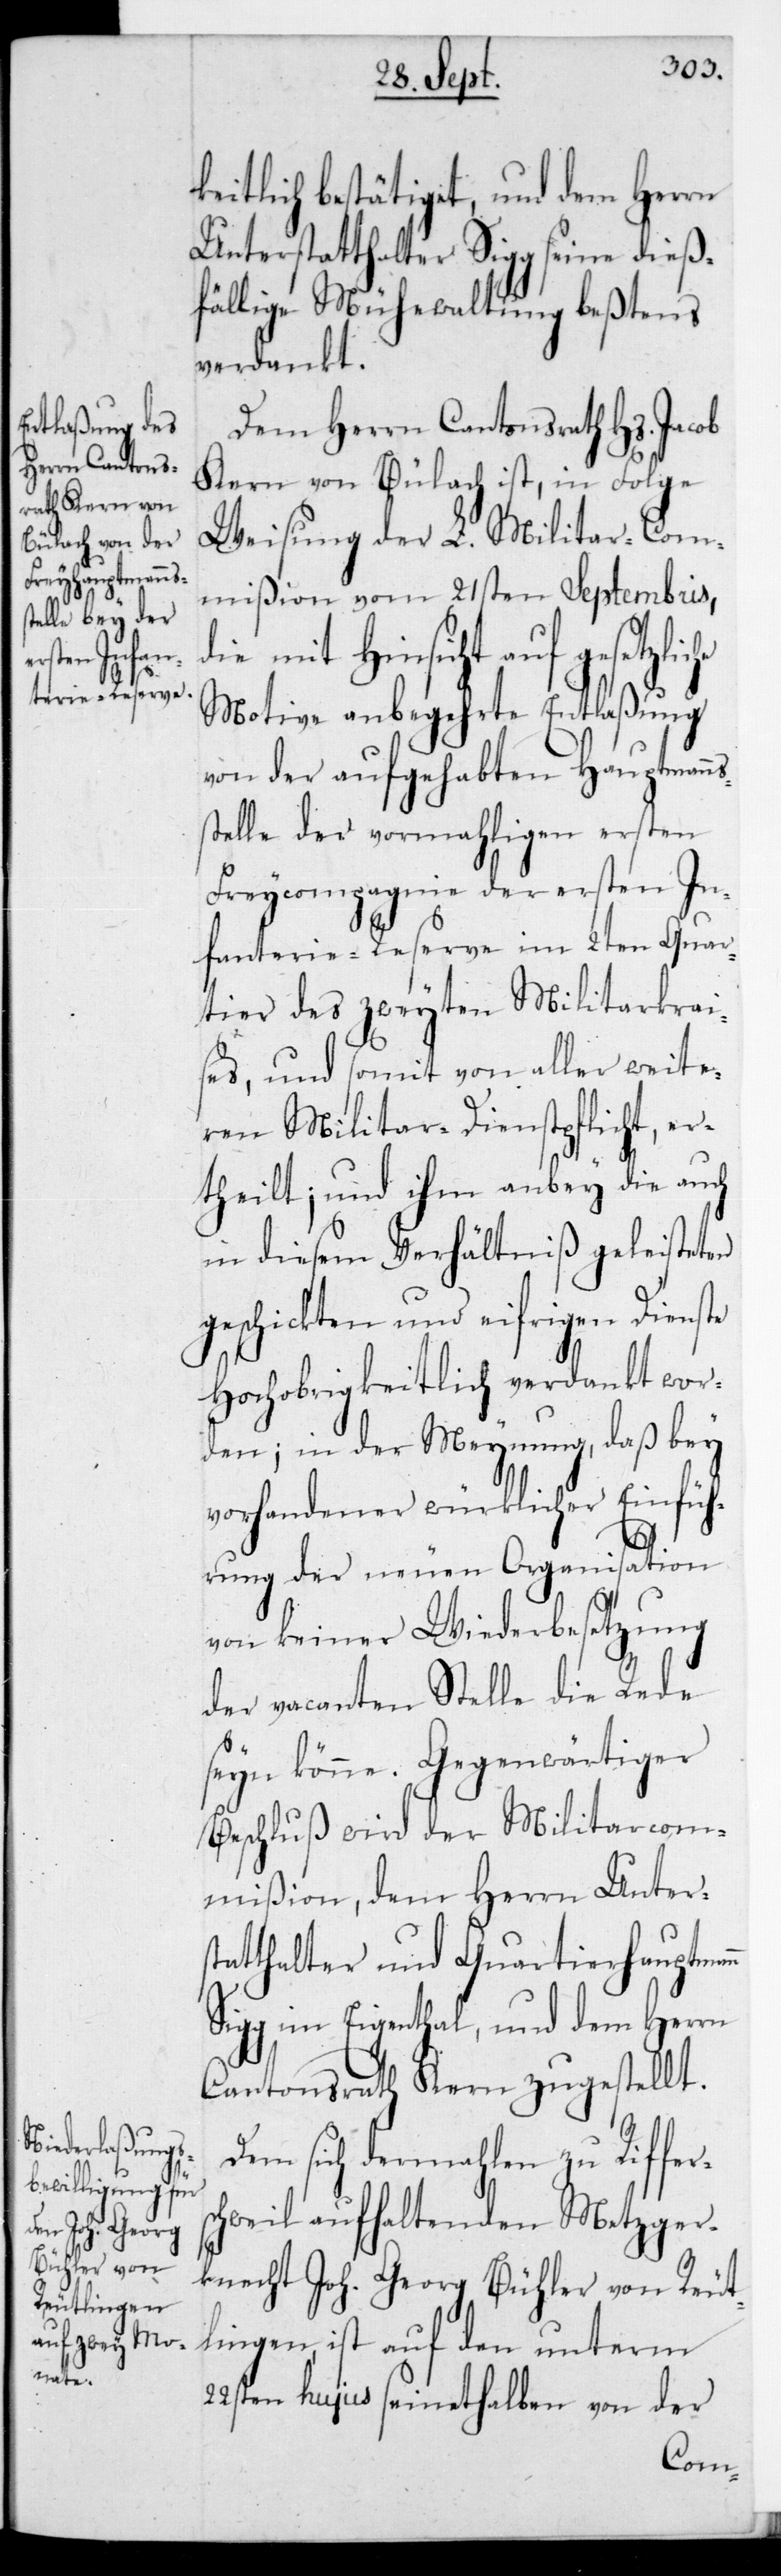
keitlich bestätiget, und dem Herrn
Unterstatthalter Sigg seine dieß¬
fällige Mühewaltung beßtens
verdankt.
Dem Herrn Cantonsrath Hs. Jacob
Kern von Bülach ist, in Folge
Weisung der L. Militar-Com¬
mißion vom 21sten Septembris,
die mit Hinsicht auf gesetzlic¬
Motive anbegehrte Entlaßung
von der aufgehabten Hauptmanns¬
stelle der vormahligen ersten
Freycompagnie der ersten In¬
fanterie-Reserve im 2ten Quar¬
tier des zweyten Militarkrai¬
ses, und somit von aller weite¬
ren Militar-Dienstpflicht, er¬
theilt, und ihm anbey die auch
in diesem Verhältniß geleisteten
geschickten und eifrigen Dienste
Hochobrigkeitlich verdankt wor¬
den; in der Meynung, daß bey
vorhandener würklicher Einfüh¬
he
rung der neuen Organisation
von keiner Wiederbesetzung
der vacanten Stelle die Rede
Beschluß wird der Militarcom¬
mißion, dem Herrn Unters¬
tatthalter und Quartierhauptmann
Sigg im Eigenthal, und dem Herrn
Cantonsrath Kern zugestellt.
Dem sich dermahlen zu Riffer¬
schweil aufhaltenden Metzger¬
knecht Joh. Georg Bühler von Reut¬
lingen, ist auf den unterm
22sten hujus seinethalben von der